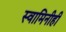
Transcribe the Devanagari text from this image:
स्वामिनीही